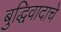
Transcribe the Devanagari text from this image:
बुद्धिवादाचे